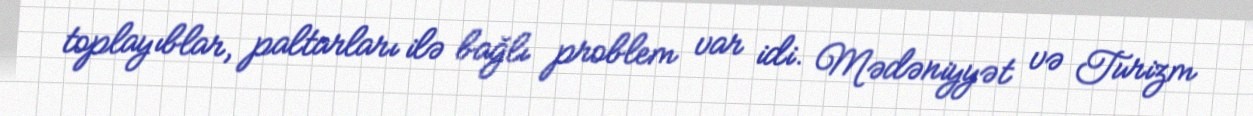
toplayıblar, paltarları ilə bağlı problem var idi. Mədəniyyət və Turizm